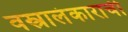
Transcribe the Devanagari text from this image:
वस्त्रालंकाराची